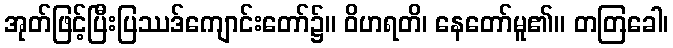
အုတ်ဖြင့်ပြီးပြဿဒ်ကျောင်းတော်၌။ ဝိဟရတိ၊ နေတော်မူ၏။ တတြခေါ၊